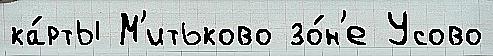
ка́рты М'итьково зо́н'е Усово